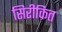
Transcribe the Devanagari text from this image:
सिरीकित